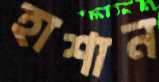
হাশান